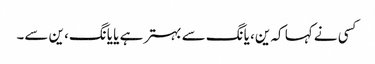
کسی نے کہا کہ ین، یانگ سے بہتر ہے یا یانگ، ین سے۔